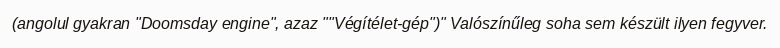
(angolul gyakran "Doomsday engine", azaz ""Végítélet-gép")" Valószínűleg soha sem készült ilyen fegyver.